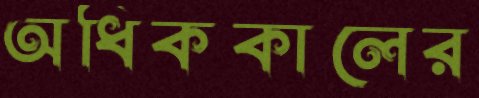
অধিককালের